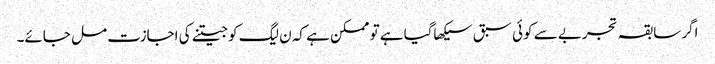
اگر سابقہ تجربے سے کوئی سبق سیکھاگیا ہے تو ممکن ہے کہ ن لیگ کو جیتنے کی اجازت مل جائے۔